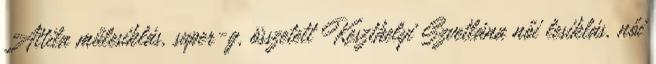
Attila műlesiklás, super-g, összetett Keszthelyi Szvetlána női lesiklás, női